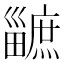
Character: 𤳯